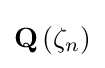
\mathbf {Q} \left(\zeta _{n}\right)